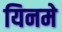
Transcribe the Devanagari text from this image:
यिनमे